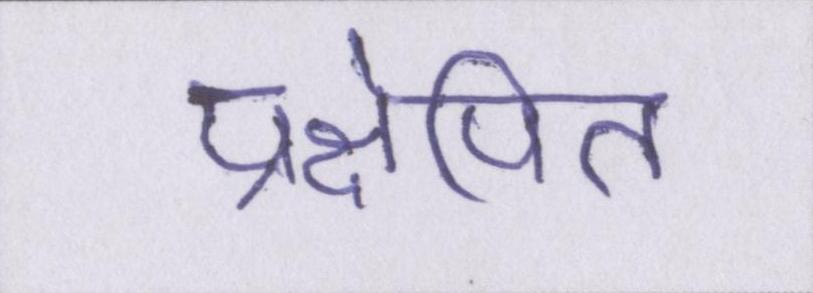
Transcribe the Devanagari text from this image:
प्रक्षेपित